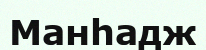
Манһадж